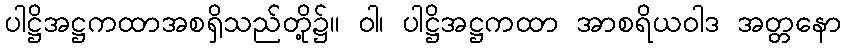
ပါဋ္ဌိအဋ္ဌကထာအစရှိသည်တို့၌။ ဝါ၊ ပါဋ္ဌိအဋ္ဌကထာ အာစရိယဝါဒ အတ္တနော